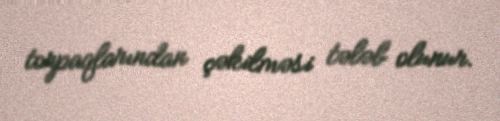
torpaqlarından çəkilməsi tələb olunur.